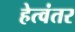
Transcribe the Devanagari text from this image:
हेत्वंतर